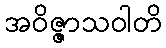
အဝိဇ္ဇာသဝါတိ